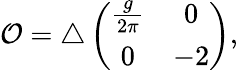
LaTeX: {\cal O}=\triangle\left(\begin{array}{cc}{{\frac{g}{2\pi}}}&{{0}}\\ {{0}}&{{-2}}\end{array}\right),